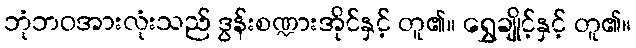
ဘုံဘဝအားလုံးသည် ဒွန်းစဏ္ဍားအိုင်နှင့် တူ၏။ ရွှေချိုင့်နှင့် တူ၏။